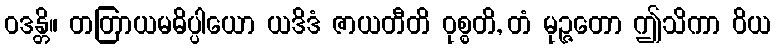
ဝဒန္တိ။ တတြာယမဓိပ္ပါယော ယဒိဒံ ဇာယတီတိ ဝုစ္စတိ, တံ မုဉ္ဇတော ဤသိကာ ဝိယ